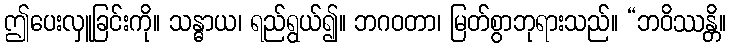
ဤပေးလှူခြင်းကို။ သန္ဓာယ၊ ရည်ရွယ်၍။ ဘဂဝတာ၊ မြတ်စွာဘုရားသည်။ “ဘဝိဿန္တိ။